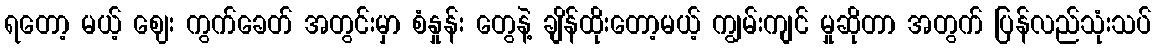
ရတော့ မယ့် ဈေး ကွက်ခေတ် အတွင်းမှာ စံနှုန်း တွေနဲ့ ချိန်ထိုးတော့မယ့် ကျွမ်းကျင် မှုဆိုတာ အတွက် ပြန်လည်သုံးသပ်